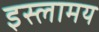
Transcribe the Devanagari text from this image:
इस्लामय